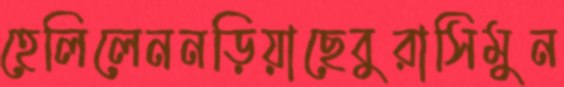
হেলিলেননড়িয়াছেবুরাসিমুন